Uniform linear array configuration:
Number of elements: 48
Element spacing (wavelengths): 1
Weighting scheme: binomial
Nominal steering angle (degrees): -30
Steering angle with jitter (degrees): -29.307
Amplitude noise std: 0.05
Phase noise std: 0.05

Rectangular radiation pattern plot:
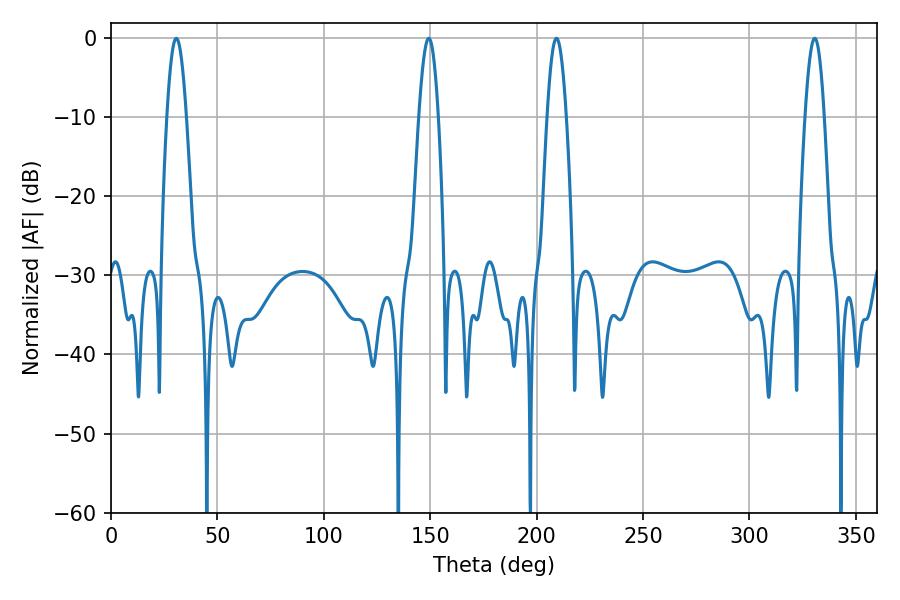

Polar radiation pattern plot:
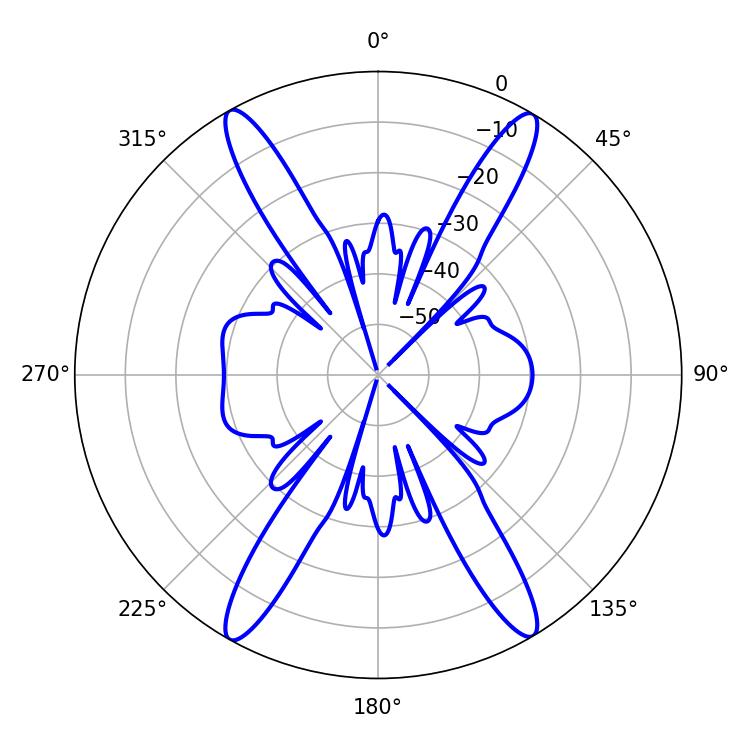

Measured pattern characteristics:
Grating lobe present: TRUE
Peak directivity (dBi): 26.148
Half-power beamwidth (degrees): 4.86
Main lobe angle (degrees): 330.66